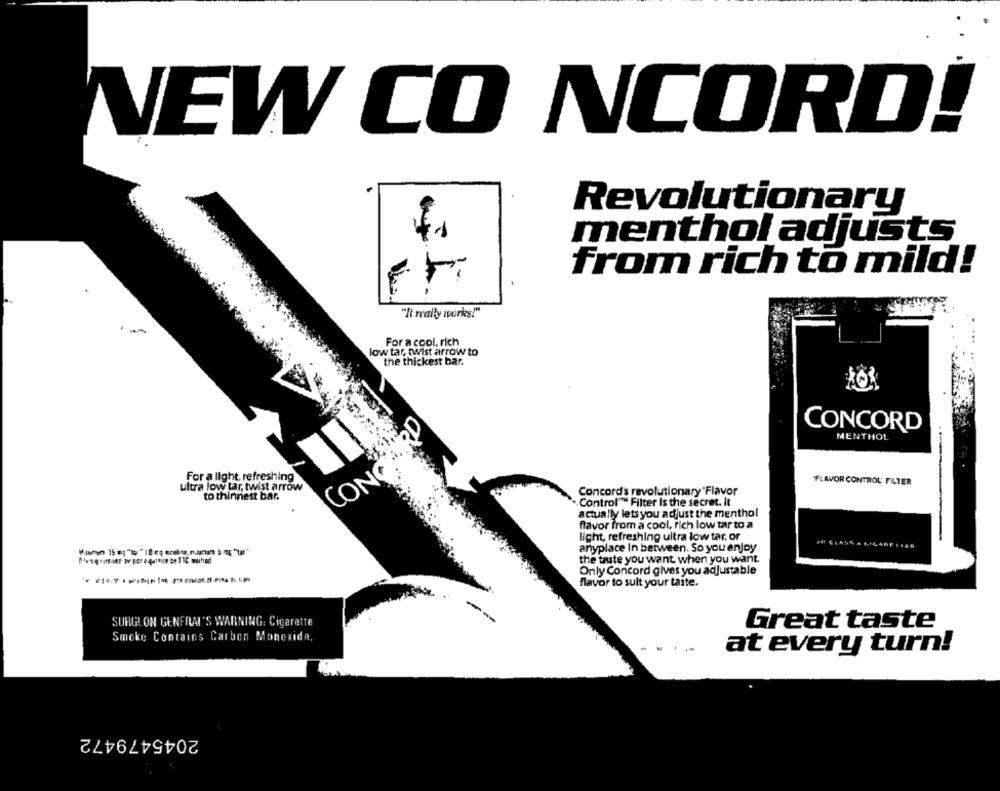
VEW CO NCORD!
Revolutionary
menthol adjusts
from rich to mild!
"It really works!"
For a cool, rich
low tar, twist arrow to
the thickest bar.
CONCORD
MENTHOL
For a light, refreshing
CONG
FLAVOR CONTROL' FILTER
ultra low tar, twist arrow
to thinnest bar.
Concord's revolutionary Flavor
Control" Filter Is the secret. It
actually lets you adjust the menthol
flavor from a cool, rich low tar to a
light, refreshing uitra low tar, or
anyplace In between. So you enjoy
the taste you want when you want.
Only Concord gives you adjustable
flavor to sult your taste.
SURGLON GENFRAI'S WARNING: Cigarette
Great taste
Smoke Contains Carbon Monoxide,
-
.
at every turn!
2045479472